Medical and sanitary report of the native army of Madras for the year
Year: 1876
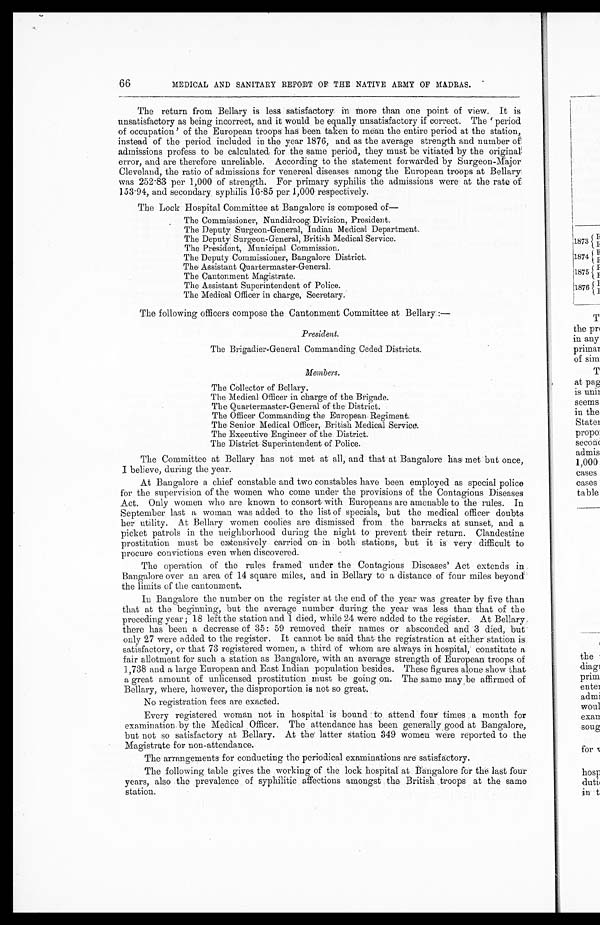
66
MEDICAL AND SANITARY REPORT OF THE NATIVE ARMY OF MADRAS.
The return from Bellary is less satisfactory in more than one point of view. It is
unsatisfactory as being incorrect, and it would be equally unsatisfactory if correct. The 'period
of occupation' of the European troops has been taken to mean the entire period at the station,
instead of the period included in the year 1876, and as the average strength and number of
admissions profess to be calculated for the same period, they must be vitiated by the original
error, and are therefore unreliable. According to the statement forwarded by Surgeon-Major
Cleveland, the ratio of admissions for venereal diseases among the European troops at Bellary
was 252.83 per 1,000 of strength. For primary syphilis the admissions were at the rate of
153.94, and secondary syphilis 16.85 per 1,000 respectively.
The Lock Hospital Committee at Bangalore is composed of
—
The Commissioner, Nundidroog Division, President.
The Deputy Surgeon-General, Indian Medical Department.
The Deputy Surgeon-General, British Medical Service.
The President, Municipal Commission.
The Deputy Commissioner, Bangalore District.
The Assistant Quartermaster-General.
T h e C a n t o n m e n t M a g i s t r a t e .
The Assistant Superintendent of Police.
The Medical Officer in charge, Secretary.
The following officers compose the Cantonment Committee at Bellary :—
President.
The Brigadier-General Commanding Ceded Districts.
Members.
The Collector of Bellary.
The Medi cal Of f i cer i n char ge of t he Br i gade.
The Quartermaster-General of the District.
The Officer Commanding the European Regiment.
The Senior Medical Officer, British Medical Service
.
The Executive Engineer of the District.
The District Superintendent of Police.
The Committee at Bellary has not met at all, and that at Bangalore has met but once,
I believe, during the year.
At Bangalore a chief constable and two constables have been employed as special police
for the supervision of the women who come under the provisions of the Contagious Diseases
Act. Only women who are known to consort with Europeans are amenable to the rules. In
September last a woman was added to the list of specials, but the medical officer doubts
her utility. At Bellary women coolies are dismissed from the barracks at sunset, and a
picket patrols in the neighborhood during the night to prevent their return. Clandestine
prostitution must be extensively carried on in both stations, but it is very difficult to
procure convictions even when discovered.
The operation of the rules framed under the Contagious Diseases' Act extends in
Bangalore over an area of 14 square miles, and in Bellary to a distance of four miles beyond
the limits of the cantonment.
In Bangalore the number on the register at the end of the year was greater by five than
that at the beginning, but the average number during the year was less than that of the
preceding year ; 18 left the station and 1 died, while 24 were added to the register. At Bellary
there has been a decrease of 35: 59 removed their names or absconded and 3 died, but
only 27 were added to the register. It cannot be said that the registration at either station is
satisfactory, or that 73 registered women, a third of whom are always in hospital, constitute a
fair allotment for such a station as Bangalore, with an average strength of European troops of
1,738 and a large European and East Indian population besides. These figures alone show that
a great amount of unlicensed prostitution must be going on. The same may be affirmed of
Bellary, where, however, the disproportion is not so great.
No registration fees are exacted.
Every registered woman not in hospital is bound to attend four times a month for
examination by the Medical Officer. The attendance has been generally good at Bangalore,
but not so satisfactory at Bellary. At the latter station 349 women were reported to the
Magistrate for non-attendance.
The arrangements for conducting the periodical examinations are satisfactory.
The following table gives the working of the lock hospital at Bangalore for the last four
years, also the prevalence of syphilitic affections amongst the British troops at the same
station.